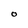
Character: O